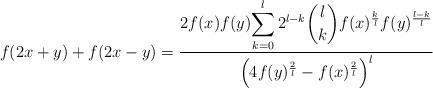
LaTeX: \begin{align*}f(2x+y)+f(2x-y)=\frac{2f(x)f(y)\displaystyle{\sum_{\substack{k=0\\ }}^{ l}2^{l-k}\binom{l}{k}f(x)^{\frac{k}{l}}f(y)^{\frac{l-k}{l}}}}{\left(4f(y)^{\frac{2}{l}}-f(x)^{\frac{2}{l}}\right)^l}\end{align*}